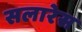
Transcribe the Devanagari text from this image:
सलारेस